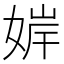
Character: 婩